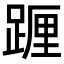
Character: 𨂷